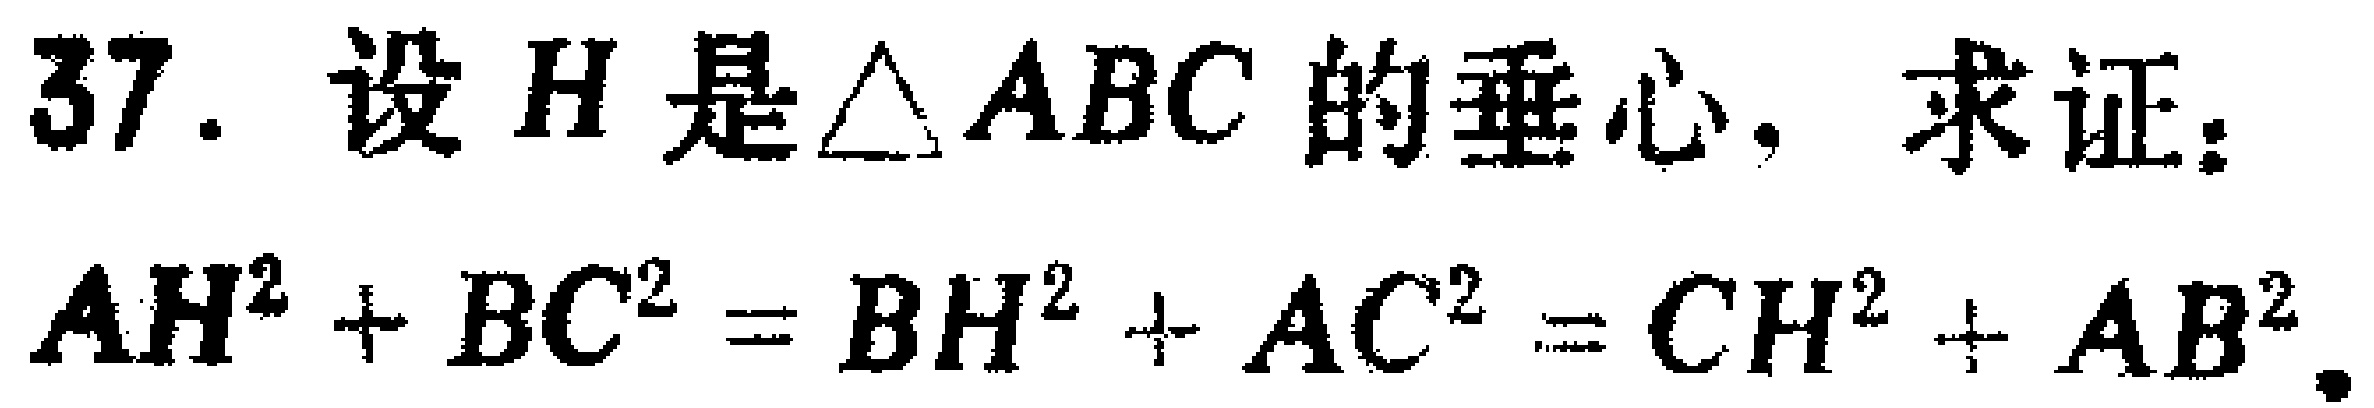
37. 设 \(H\) 是\(\triangle ABC\) 的垂心，求证：
\(AH^{2}+BC^{2}=BH^{2}+AC^{2}=CH^{2}+AB^{2}\)。